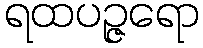
ရထပဉ္ဇရော